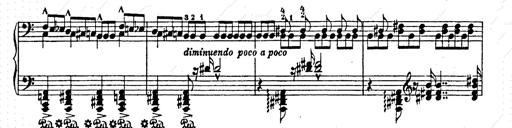
Title: AnnÃ©es de pÃ¨lerinage II
Composer: Franz Liszt